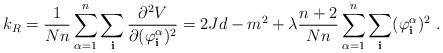
LaTeX: \begin{align*}k_R = \frac{1}{Nn}\sum_{\alpha =1}^n\sum_{\bf i}\frac{\partial^2V}{\partial (\varphi^\alpha_{\bf i})^2} = 2Jd -m^2 + \lambda\frac{n+2}{Nn}\sum_{\alpha =1}^n\sum_{\bf i}(\varphi^\alpha_{\bf i})^2~.\end{align*}